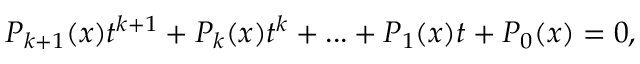
P _ { k + 1 } ( x ) t ^ { k + 1 } + P _ { k } ( x ) t ^ { k } + . . . + P _ { 1 } ( x ) t + P _ { 0 } ( x ) = 0 ,